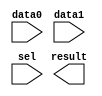
module lpm_mux_1bit (
	data0,
	data1,
	sel,
	result);

	input	  data0;
	input	  data1;
	input	  sel;
	output	  result;

endmodule